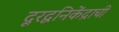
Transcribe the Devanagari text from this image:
दूरद्वनिकेंद्राची